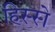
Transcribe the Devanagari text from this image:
हिस्‍स्‍ो